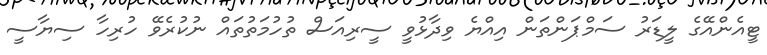
ޓީއެންއޭގެ ލީޑަރު ސަމްޕަންތަން އިއްޔެ ވިދާޅުވީ ސީރިއަސް ތުހުމަތުތައް ނުކުރެވޭ ހުރިހާ ސިޔާސީ